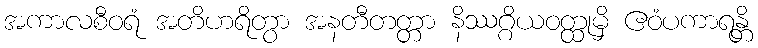
အကာလစီဝရံ အတိဟရိတွာ အနတီတတ္တာ နိဿဂ္ဂိယဝတ္ထုမှိ ဧဝံပကာရန္တိ